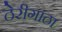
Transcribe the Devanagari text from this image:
ठेरीगाठा